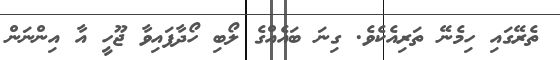
ތެރޭގައި ހިމެނޭ ތަރިއެކެވެ. ގިނަ ބައެއްގެ ލޯބި ހޯދާފައިވާ ޖޫހީ އާ އިންނަން